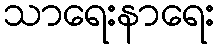
သာရေးနာရေး